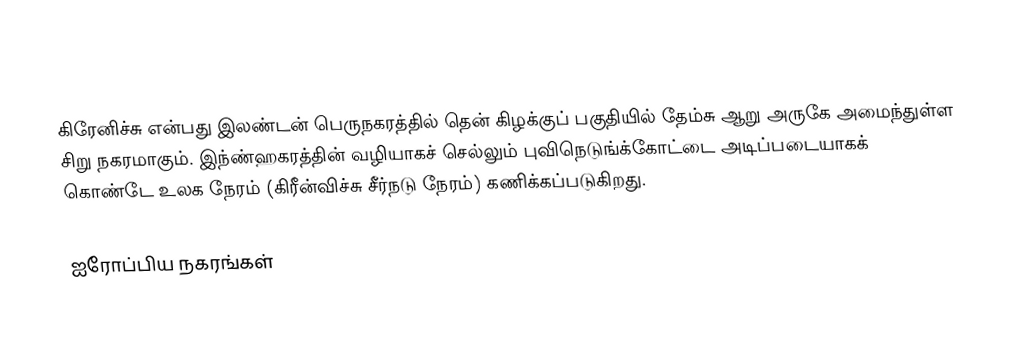
கிரேனிச்சு என்பது இலண்டன் பெருநகரத்தில் தென் கிழக்குப் பகுதியில்  தேம்சு ஆறு அருகே அமைந்துள்ள சிறு நகரமாகும். இந்ண்ஹகரத்தின் வழியாகச் செல்லும் புவிநெடுங்க்கோட்டை அடிப்படையாகக் கொண்டே உலக நேரம் (கிரீன்விச்சு சீர்நடு நேரம்) கணிக்கப்படுகிறது.

ஐரோப்பிய நகரங்கள்